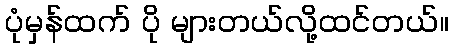
ပုံမှန်ထက် ပို များတယ်လို့ထင်တယ်။